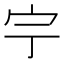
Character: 𡧃